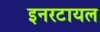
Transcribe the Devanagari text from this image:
इनरटायल